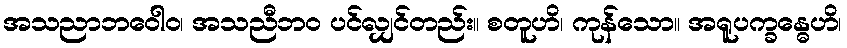
အသညာဘဝေါဝ၊ အသညီဘဝ ပင်လျှင်တည်း။ စတူဟိ၊ ကုန်သော။ အရူပက္ခန္ဓေဟိ၊